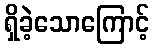
ရှိခဲ့သောကြောင့်